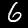
Digit: 6